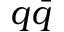
q \bar { q }